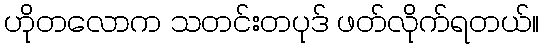
ဟိုတလောက သတင်းတပုဒ် ဖတ်လိုက်ရတယ်။